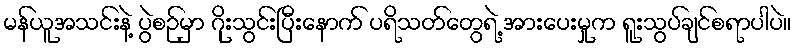
မန်ယူအသင်းနဲ့ ပွဲစဉ်မှာ ဂိုးသွင်းပြီးနောက် ပရိသတ်တွေရဲ့ အားပေးမှုက ရူးသွပ်ချင်စရာပါပဲ။